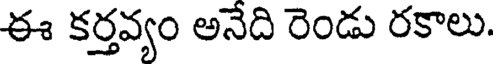
ఈ కర్తవ్యం అనేది రెండు రకాలు.